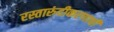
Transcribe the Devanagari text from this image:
रस्तारुंदीकरणाची